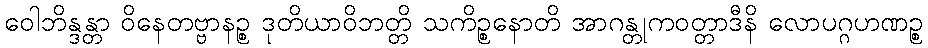
ဝေါဘိန္ဒန္တာ ဝိနေတဗ္ဗာနဉ္စ ဒုတိယာဝိဘတ္တိ သကိဉ္စနောတိ အာဂန္တုကဝတ္တာဒီနိ လောပဂ္ဂဟဏဉ္စ